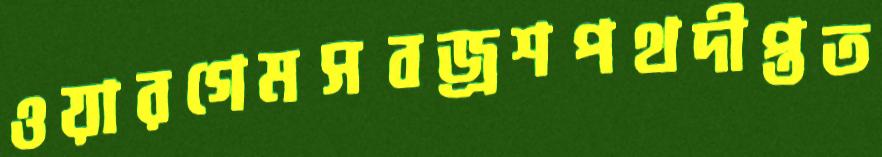
ওয়ারগেমসবজ্রশপথদীপ্তত